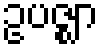
ဥပဇ္ဈာ